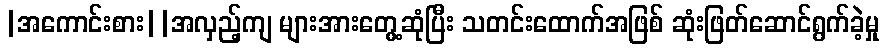
|အကောင်းစား||အလှည့်ကျ များအားတွေ့ဆုံပြီး သတင်းထောက်အဖြစ် ဆုံးဖြတ်ဆောင်ရွက်ခဲ့မှု